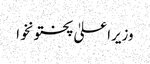
وزیراعلیٰ پختونخوا